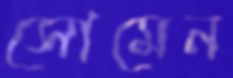
সোমেন